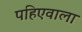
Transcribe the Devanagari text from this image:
पहिएवाला